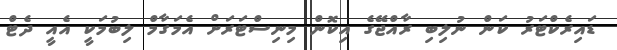
ޑައިރެކްޓަރު ކަން ނުލިބި ރާއްޖޭގެ އިކޮން މިނިސްޓަރަށް އެމަގާމް ލިބުމަކީ އެއީ ދެޓް